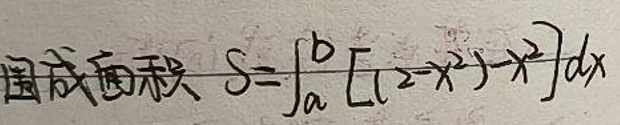
围成面积 $S = \int_{a}^{b}[(2 - x^{2}) - x^{2}]dx$